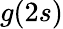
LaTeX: g(2s)